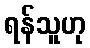
ရန်သူဟု